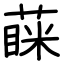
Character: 蔝